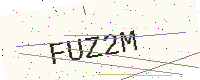
Text: FUZ2M